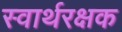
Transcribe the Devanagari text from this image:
स्वार्थरक्षक